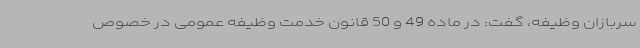
سربازان وظیفه، گفت: در ماده 49 و 50 قانون خدمت وظیفه عمومی در خصوص